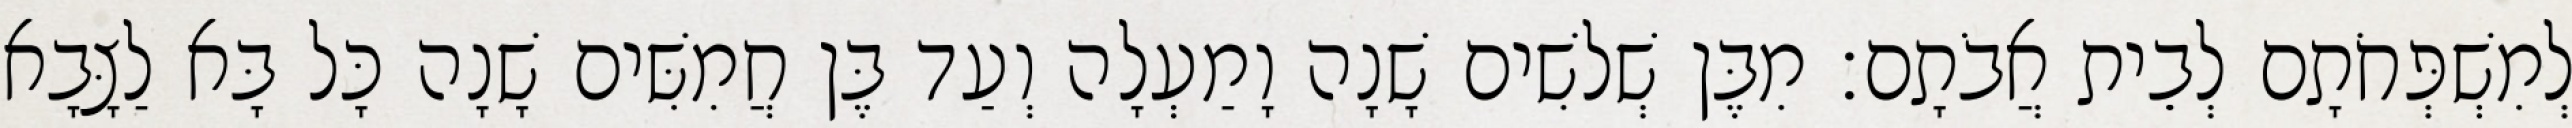
לְמִשְׁפְּחֹתָם לְבֵית אֲבֹתָם׃ מִבֶּן שְׁלשִׁים שָׁנָה וָמַעְלָה וְעַד בֶּן חֲמִשִּׁים שָׁנָה כָּל בָּא לַצָּבָא